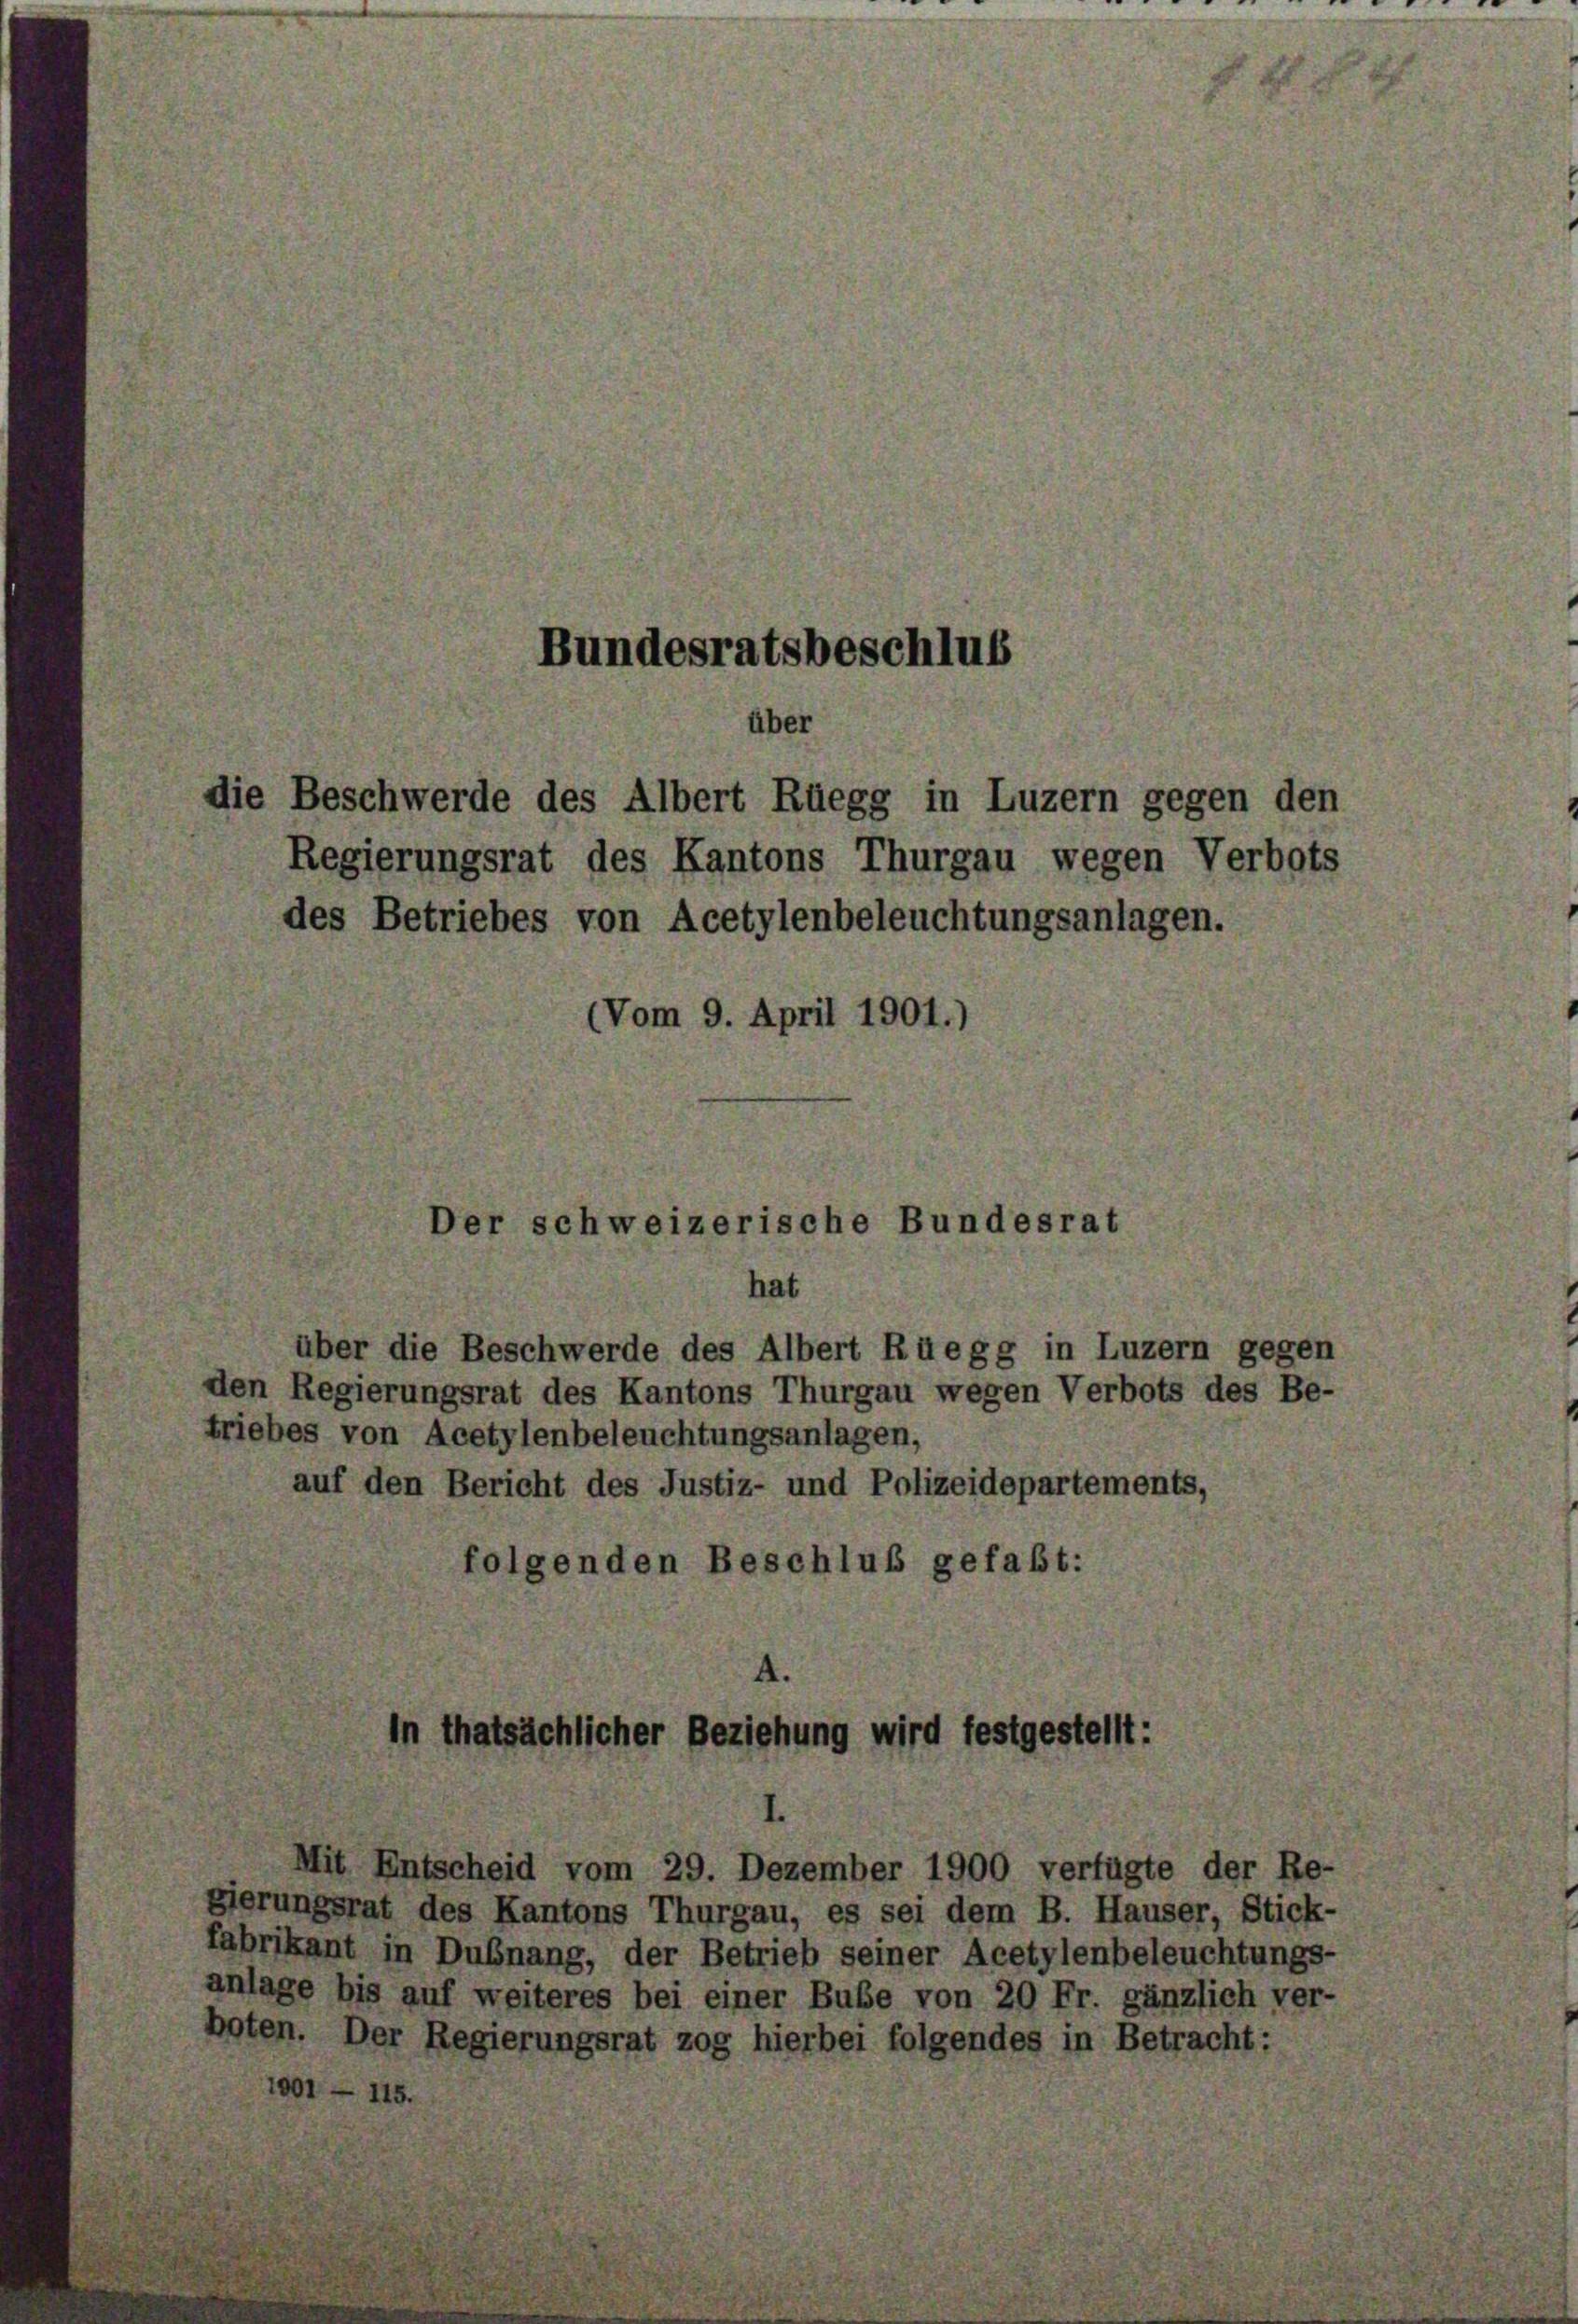
Bundesratsbeschlus
die Beschwerde des Albert Rüegg in Luzern gegen den
Regierungsrat des Kantons Thurgau wegen Verbots
des Betriebes von Acetylenbeleuchtungsanlagen.
(Vom 9. April 1901.)

über

Der schweizerische Bundesrat

hat
über die Beschwerde des Albert Rüegg in Luzern gegen
den Regierungsrat des Kantons Thurgau wegen Verbots des Be-
triebes von Acetylenbeleuchtungsanlagen,
auf den Bericht des Justiz- und Polizeidepartement
folgenden Beschluß gefaßt:

thatsächlicher Beziehung wird festgestellt:

Mit Entscheid vom 29. Dezember 1900 verfügte der Re-
gierungsrat des Kantons Thurgau, es sei dem B. Hauser, Stick-
fabrikant in Dußnang, der Betrieb seiner Acetylenbeleuchtungs-
anlage bis auf weiteres bei einer Bube von 20 Fr. gänzlich ver-
boten. Der Regierungsrat zog hierbei folgendes in B